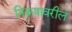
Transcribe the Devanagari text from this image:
निकषावरील